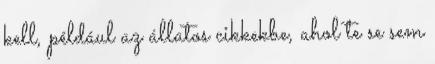
kell, például az állatos cikkekbe, ahol te se sem